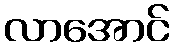
လာအောင်